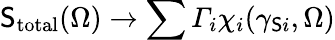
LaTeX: \mathsf{S}_{\mathrm{{total}}}(\Omega)\rightarrow\sum{\varGamma_{i}\chi_{i}(\gamma_{\mathsf{S}i},\Omega)}